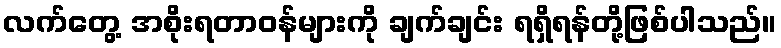
လက်တွေ့ အစိုးရတာဝန်များကို ချက်ချင်း ရရှိရန်တို့ဖြစ်ပါသည်။